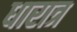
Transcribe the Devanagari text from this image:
धारात्र